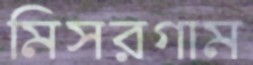
মিসরগাম